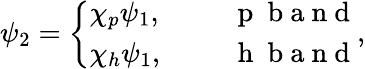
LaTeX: \begin{array}{r}{\psi_{2}=\left\{ \begin{array}{ll}{\chi_{p}\psi_{1},}&{\quad\mathrm{~{~\mathit~p~}~b~a~n~d~}}\\ {\chi_{h}\psi_{1},}&{\quad\mathrm{~{~\mathit~h~}~b~a~n~d~}}\end{array}\right.,}\end{array}